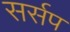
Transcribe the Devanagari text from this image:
सर्सप